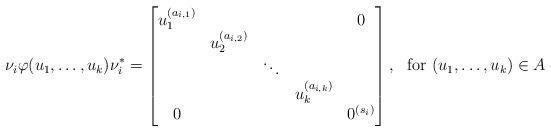
LaTeX: \begin{align*}\nu_i \varphi (u_1,\ldots,u_k)\nu_i^*&=\left[\begin{matrix}u_1^{(a_{i,1})}&& &&0\\&u_2^{(a_{i,2})}&&&\\&&\ddots&&\\&&&u_k^{(a_{i,k})}&\\0& &&&0^{(s_i)}\end{matrix} \right], & \mbox{for}\ (u_1,\ldots,u_k)\in A\\\end{align*}